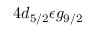
4 d _ { 5 / 2 } \epsilon g _ { 9 / 2 }